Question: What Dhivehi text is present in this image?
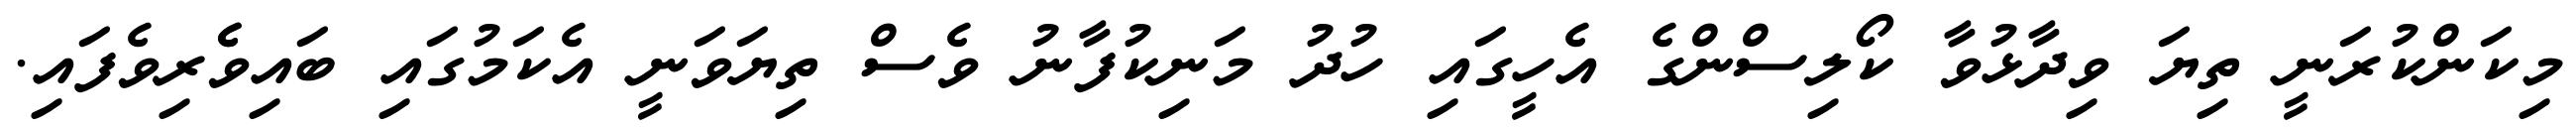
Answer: މިކަންކުރަނީ ތިޔަ ވިދާޅުވާ ކޯލިސްންގެ އެހީގައި ހުދު މަނިކުފާނު ވެސް ތިޔަވަނީ އެކަމުގައި ބައިވެެރިވެފައި.